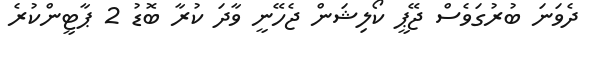
ދެވަނަ ބުރުގަވެސް ޖޭޕީ ކޯލިޝަން ޖެހޭނީ ވާދަ ކުރާ ބޮޑު 2 ޕާޓީންކުރެ